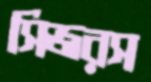
সিজরস